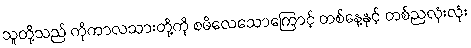
သူတို့သည် ကိုကာလသားတို့ကို စမိလေသောကြောင့် တစ်နေ့နှင့် တစ်ညလုံးလုံး